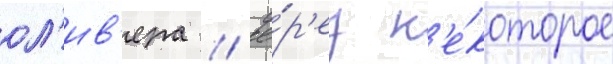
ол'ив'ера // Че́р'ез н'е́которое